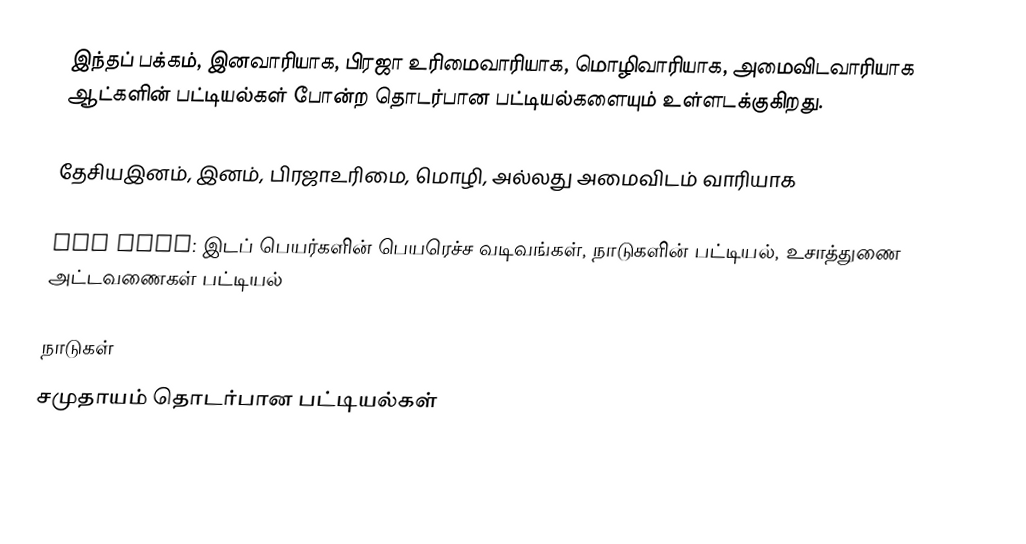
இந்தப் பக்கம், இனவாரியாக, பிரஜா உரிமைவாரியாக, மொழிவாரியாக, அமைவிடவாரியாக ஆட்களின் பட்டியல்கள் போன்ற தொடர்பான பட்டியல்களையும் உள்ளடக்குகிறது.

தேசியஇனம், இனம், பிரஜாஉரிமை, மொழி, அல்லது அமைவிடம் வாரியாக

See also: இடப் பெயர்களின் பெயரெச்ச வடிவங்கள், நாடுகளின் பட்டியல், உசாத்துணை அட்டவணைகள் பட்டியல்

நாடுகள்
சமுதாயம் தொடர்பான பட்டியல்கள்